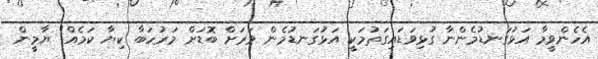
އެހެންވީމާ އަޅުގަނޑުމެންނާ ގުޅިވަޑައިގަތުމަކީ އަޅުގަނޑުމެން ވަރަށް ބޮޑަށް މަރުހަބާ ކިޔާ ކަމެއް" ޔާމީން